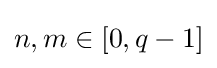
n,m\in [0,q-1]